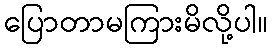
ပြောတာမကြားမိလို့ပါ။